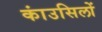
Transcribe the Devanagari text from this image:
कांउसिलों